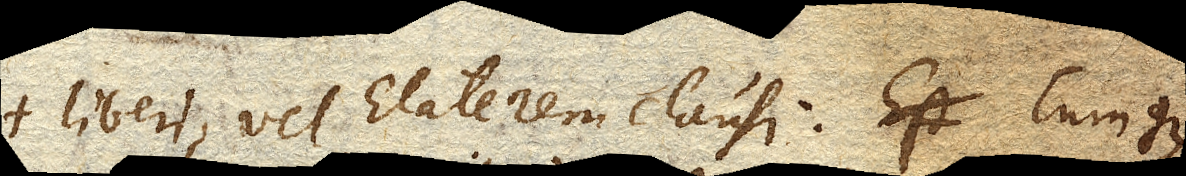
liberi, vel Elaterem clausi. Est Cumque